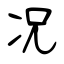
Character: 况